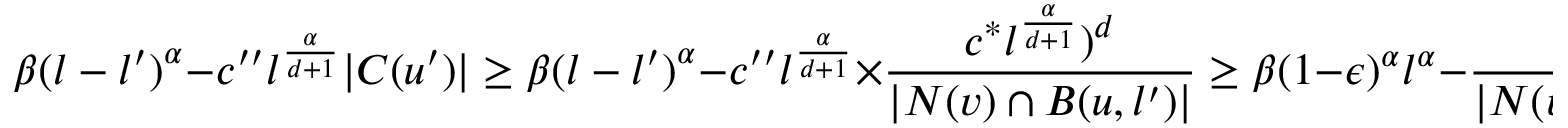
\beta { ( l - l ^ { \prime } ) } ^ { \alpha } - c ^ { \prime \prime } l ^ { \frac { \alpha } { d + 1 } } | C ( u ^ { \prime } ) | \geq \beta { ( l - l ^ { \prime } ) } ^ { \alpha } - c ^ { \prime \prime } l ^ { \frac { \alpha } { d + 1 } } \times \frac { c ^ { * } l ^ { \frac { \alpha } { d + 1 } } ) ^ { d } } { | N ( v ) \cap B ( u , l ^ { \prime } ) | } \geq \beta ( 1 - \epsilon ) ^ { \alpha } l ^ { \alpha } - \frac { c ^ { \star } l ^ { \alpha } } { | N ( v ) \cap B ( u , l ^ { \prime } ) | } .